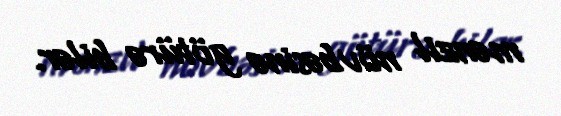
mənzil növbəsinə götürə bilər.